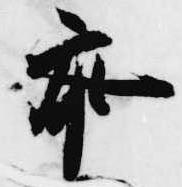
参